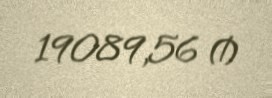
19089,56 ₼